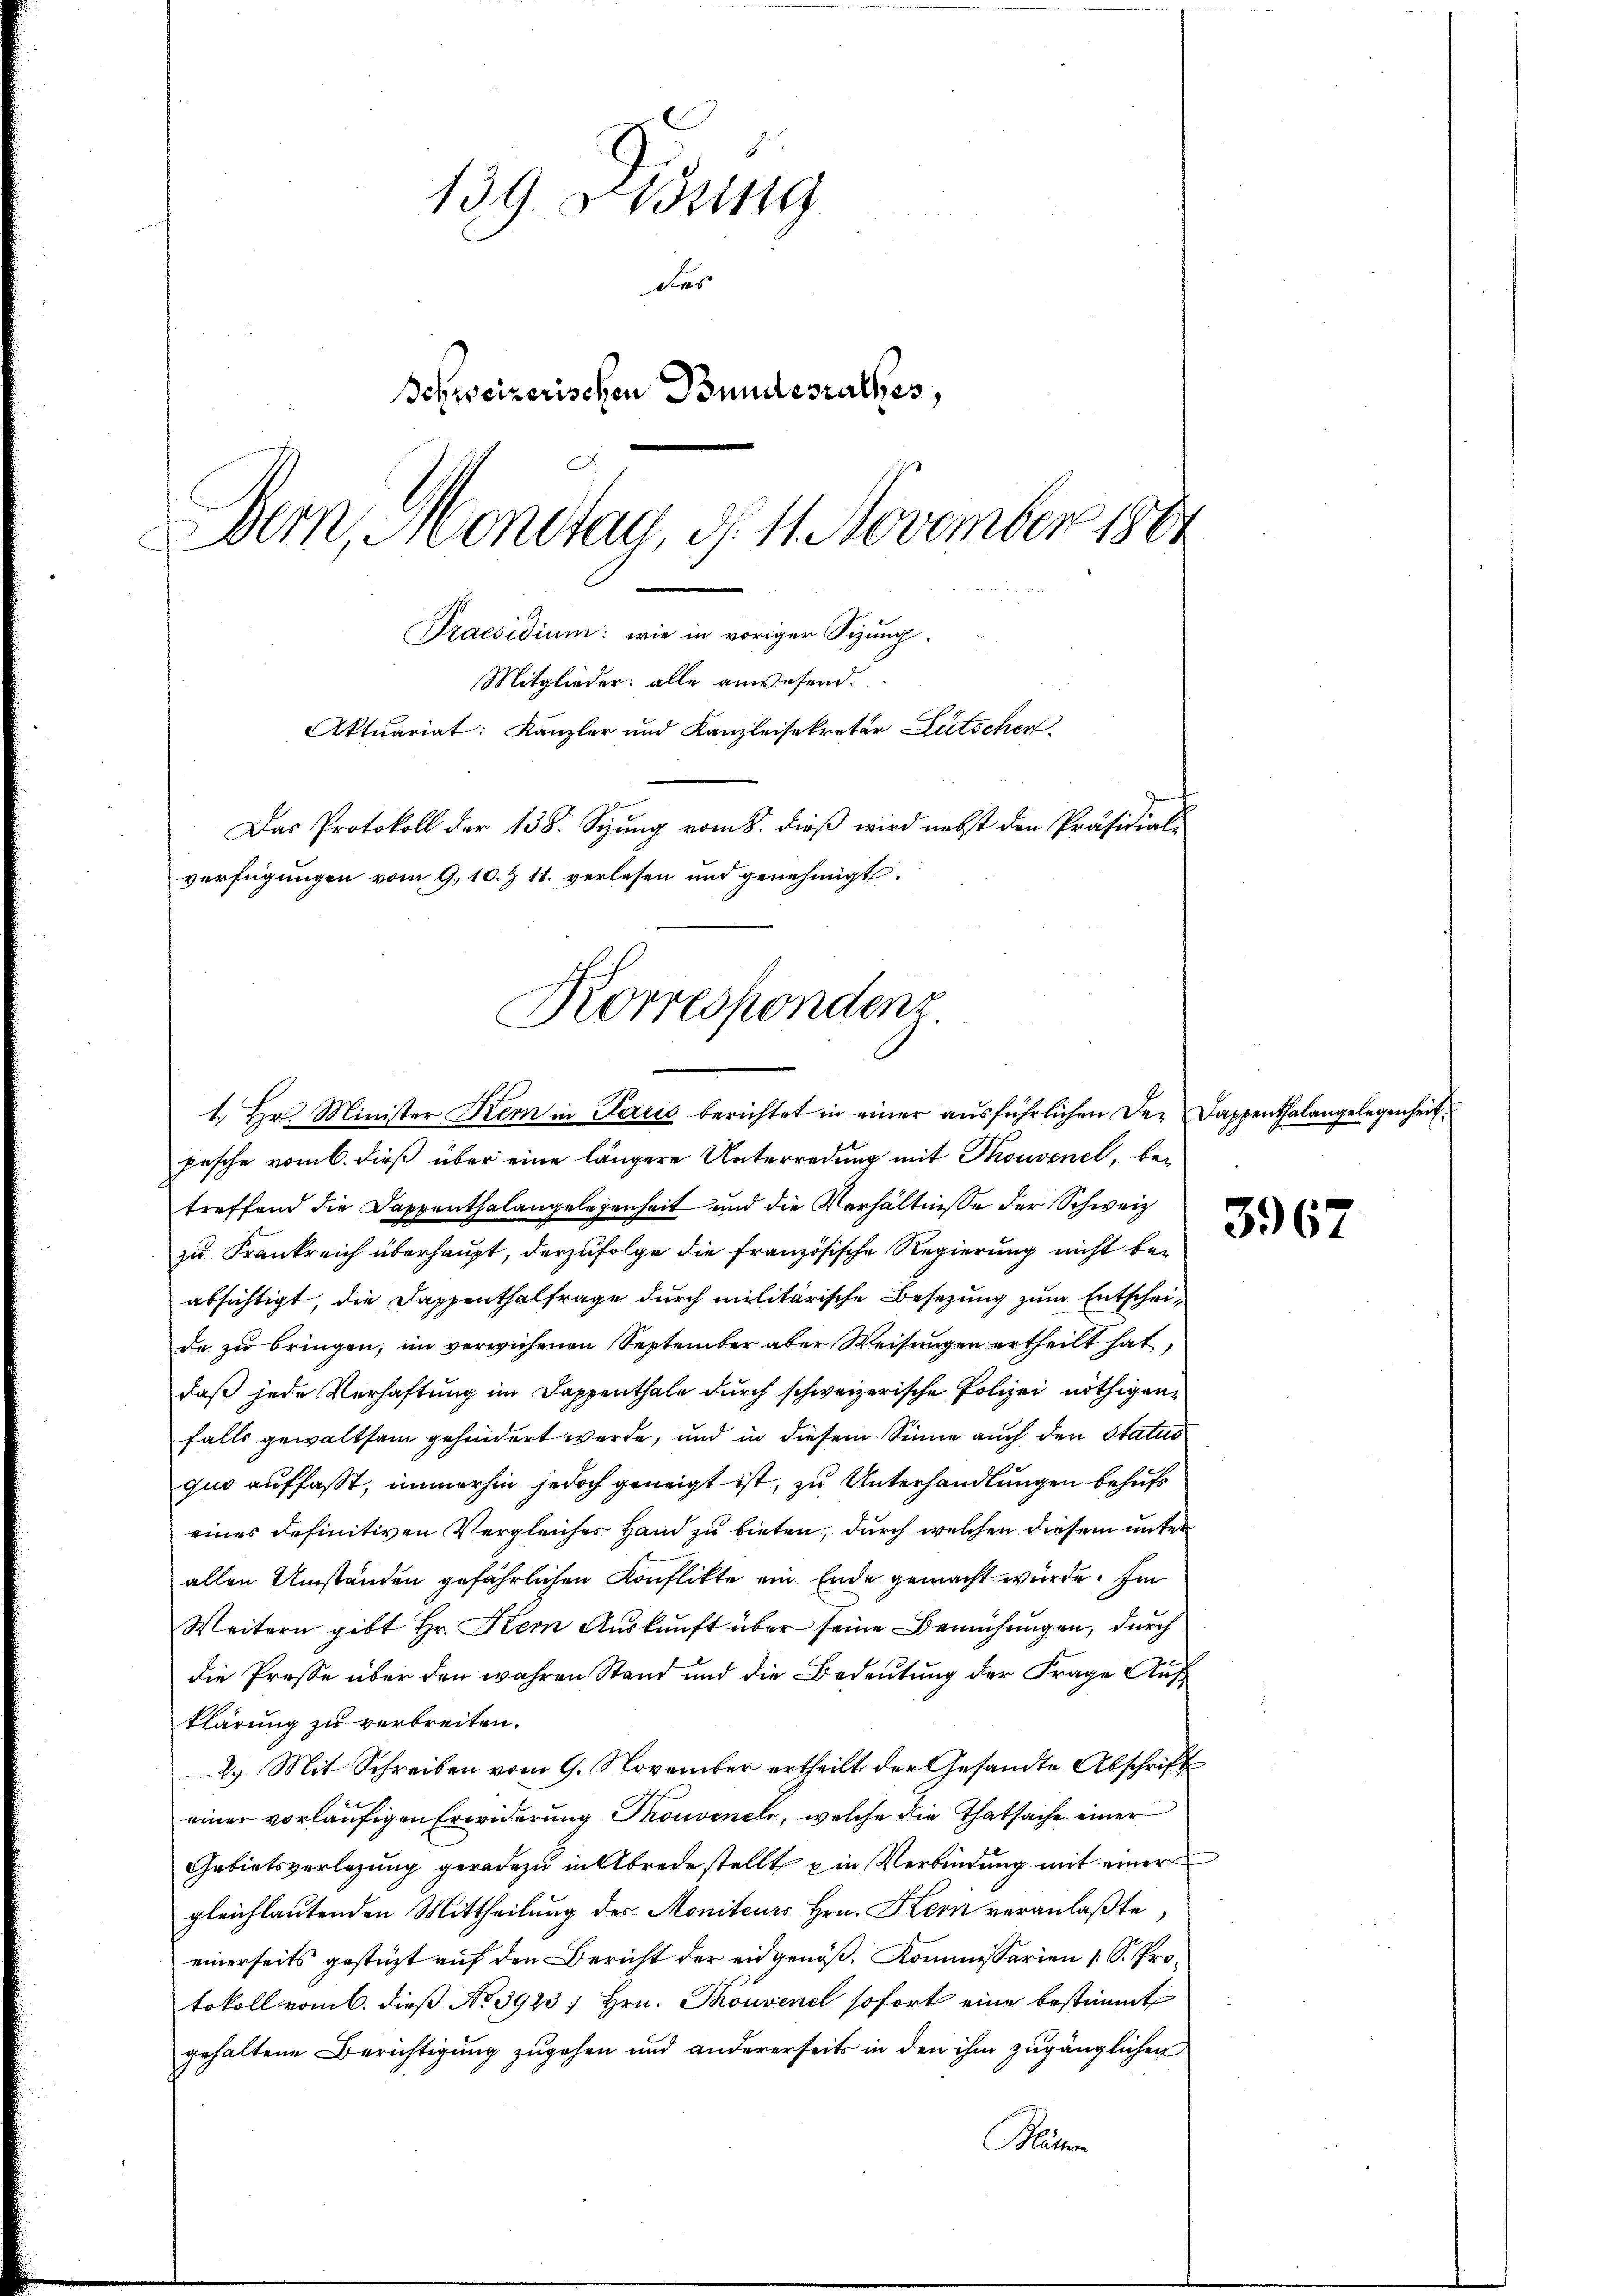
139. Disung
das
Schweizerischen Bundesrathes,
Bern, Montag, d. 11. November 1881
Praesidium: wie in voriger Sizung,
Mitglieder: alle anwesend.
Aktuariat: Kanzler und Kanzleisekretär Lütscher
Das Protokoll der 138. Seung vom 8. dieß wird nebst den Präsidial-
verfügungen vom 9.10. Z. 11. verlesen und genehmigt.

Korrespondenz.
1. Hr. Minister Kern in Parić berichtet in einer ausführlichen der Dappenthalangelegenheit

pasche vom 6. dieß über eine längere Unterredung mit Thonvenel, betreffend die Dappenthalangelegenheit und die Verhältnisse der Schweiz
zu Frankreich überhaupt, derzufolge die französische Regierung nicht beabsichtigt, die Dappenthalfrage durch militärische Besetzung zum Entscheide zu bringen, im verwiesenen September aber Weisungen ertheilt hat,
daß jede Verhaftung im Dappenthale durch schweizerische Polizei nöthigen
falls gewaltsam gehindert werde, und in diesem Sinne auch den Status
quo auffasst, immerhin jedoch geneigt ist, zu Unterhandlungen behufs
eines definitiven Vergleiches Hand zu bieten, durch welchen diesem unter
allen Umständen gefährlichen Konflikte ein Ende gemacht würde. Im
Weitern gibt Hr. Kern Aŭskŭnft über seine Bemühungen, durch
die Presse über den wahren Stand und die Bedeutung der Frage Aufklärung zu verbreiten.
2. Mit Schreiben vom 9. November ertheilt der Gesandte Abschrift
einer vorläufigen Erwiderung Thonvenels, welche die Thatsache einer
Gebietsverlegung geradezu in Abredestellt ein Verbindung mit einer
gleichlautenden Mittheilung des Moniteurs Hrn. Kern veranlaßte
einerseits gestützt auf den Bericht der eidgenöß, Kommissarien 1 S. Protokoll vom 6. dieβ No 3923, Hrn. Thouvenel sofort eine bestimmt
gehaltene Berichtigung zugehen und andererseits in den ihm zugänglichen
Bäum

3967